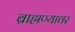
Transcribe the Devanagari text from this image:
ब्राह्मण्यावर